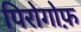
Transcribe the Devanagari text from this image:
पिरोगोफ़